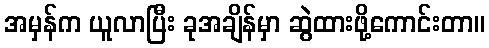
အမှန်က ယူလာပြီး ခုအချိန်မှာ ဆွဲထားဖို့ကောင်းတာ။